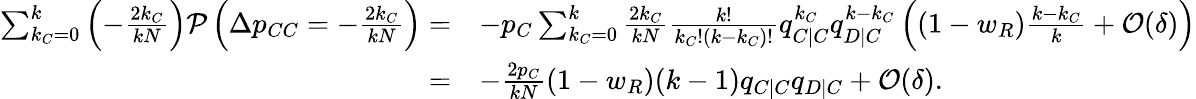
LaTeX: \begin{array}{rl}{\sum_{k_{C}=0}^{k}{\left(-\frac{2k_{C}}{kN}\right)\mathcal{P}\left(\Delta p_{CC}=-\frac{2k_{C}}{kN}\right)}=}&{-p_{C}\sum_{k_{C}=0}^{k}{\frac{2k_{C}}{kN}\frac{k!}{k_{C}!(k-k_{C})!}q_{C|C}^{k_{C}}q_{D|C}^{k-k_{C}}\left((1-w_{R})\frac{k-k_{C}}{k}+\mathcal{O}(\delta)\right)}}\\ {=}&{-\frac{2p_{C}}{kN}(1-w_{R})(k-1)q_{C|C}q_{D|C}+\mathcal{O}(\delta).}\end{array}